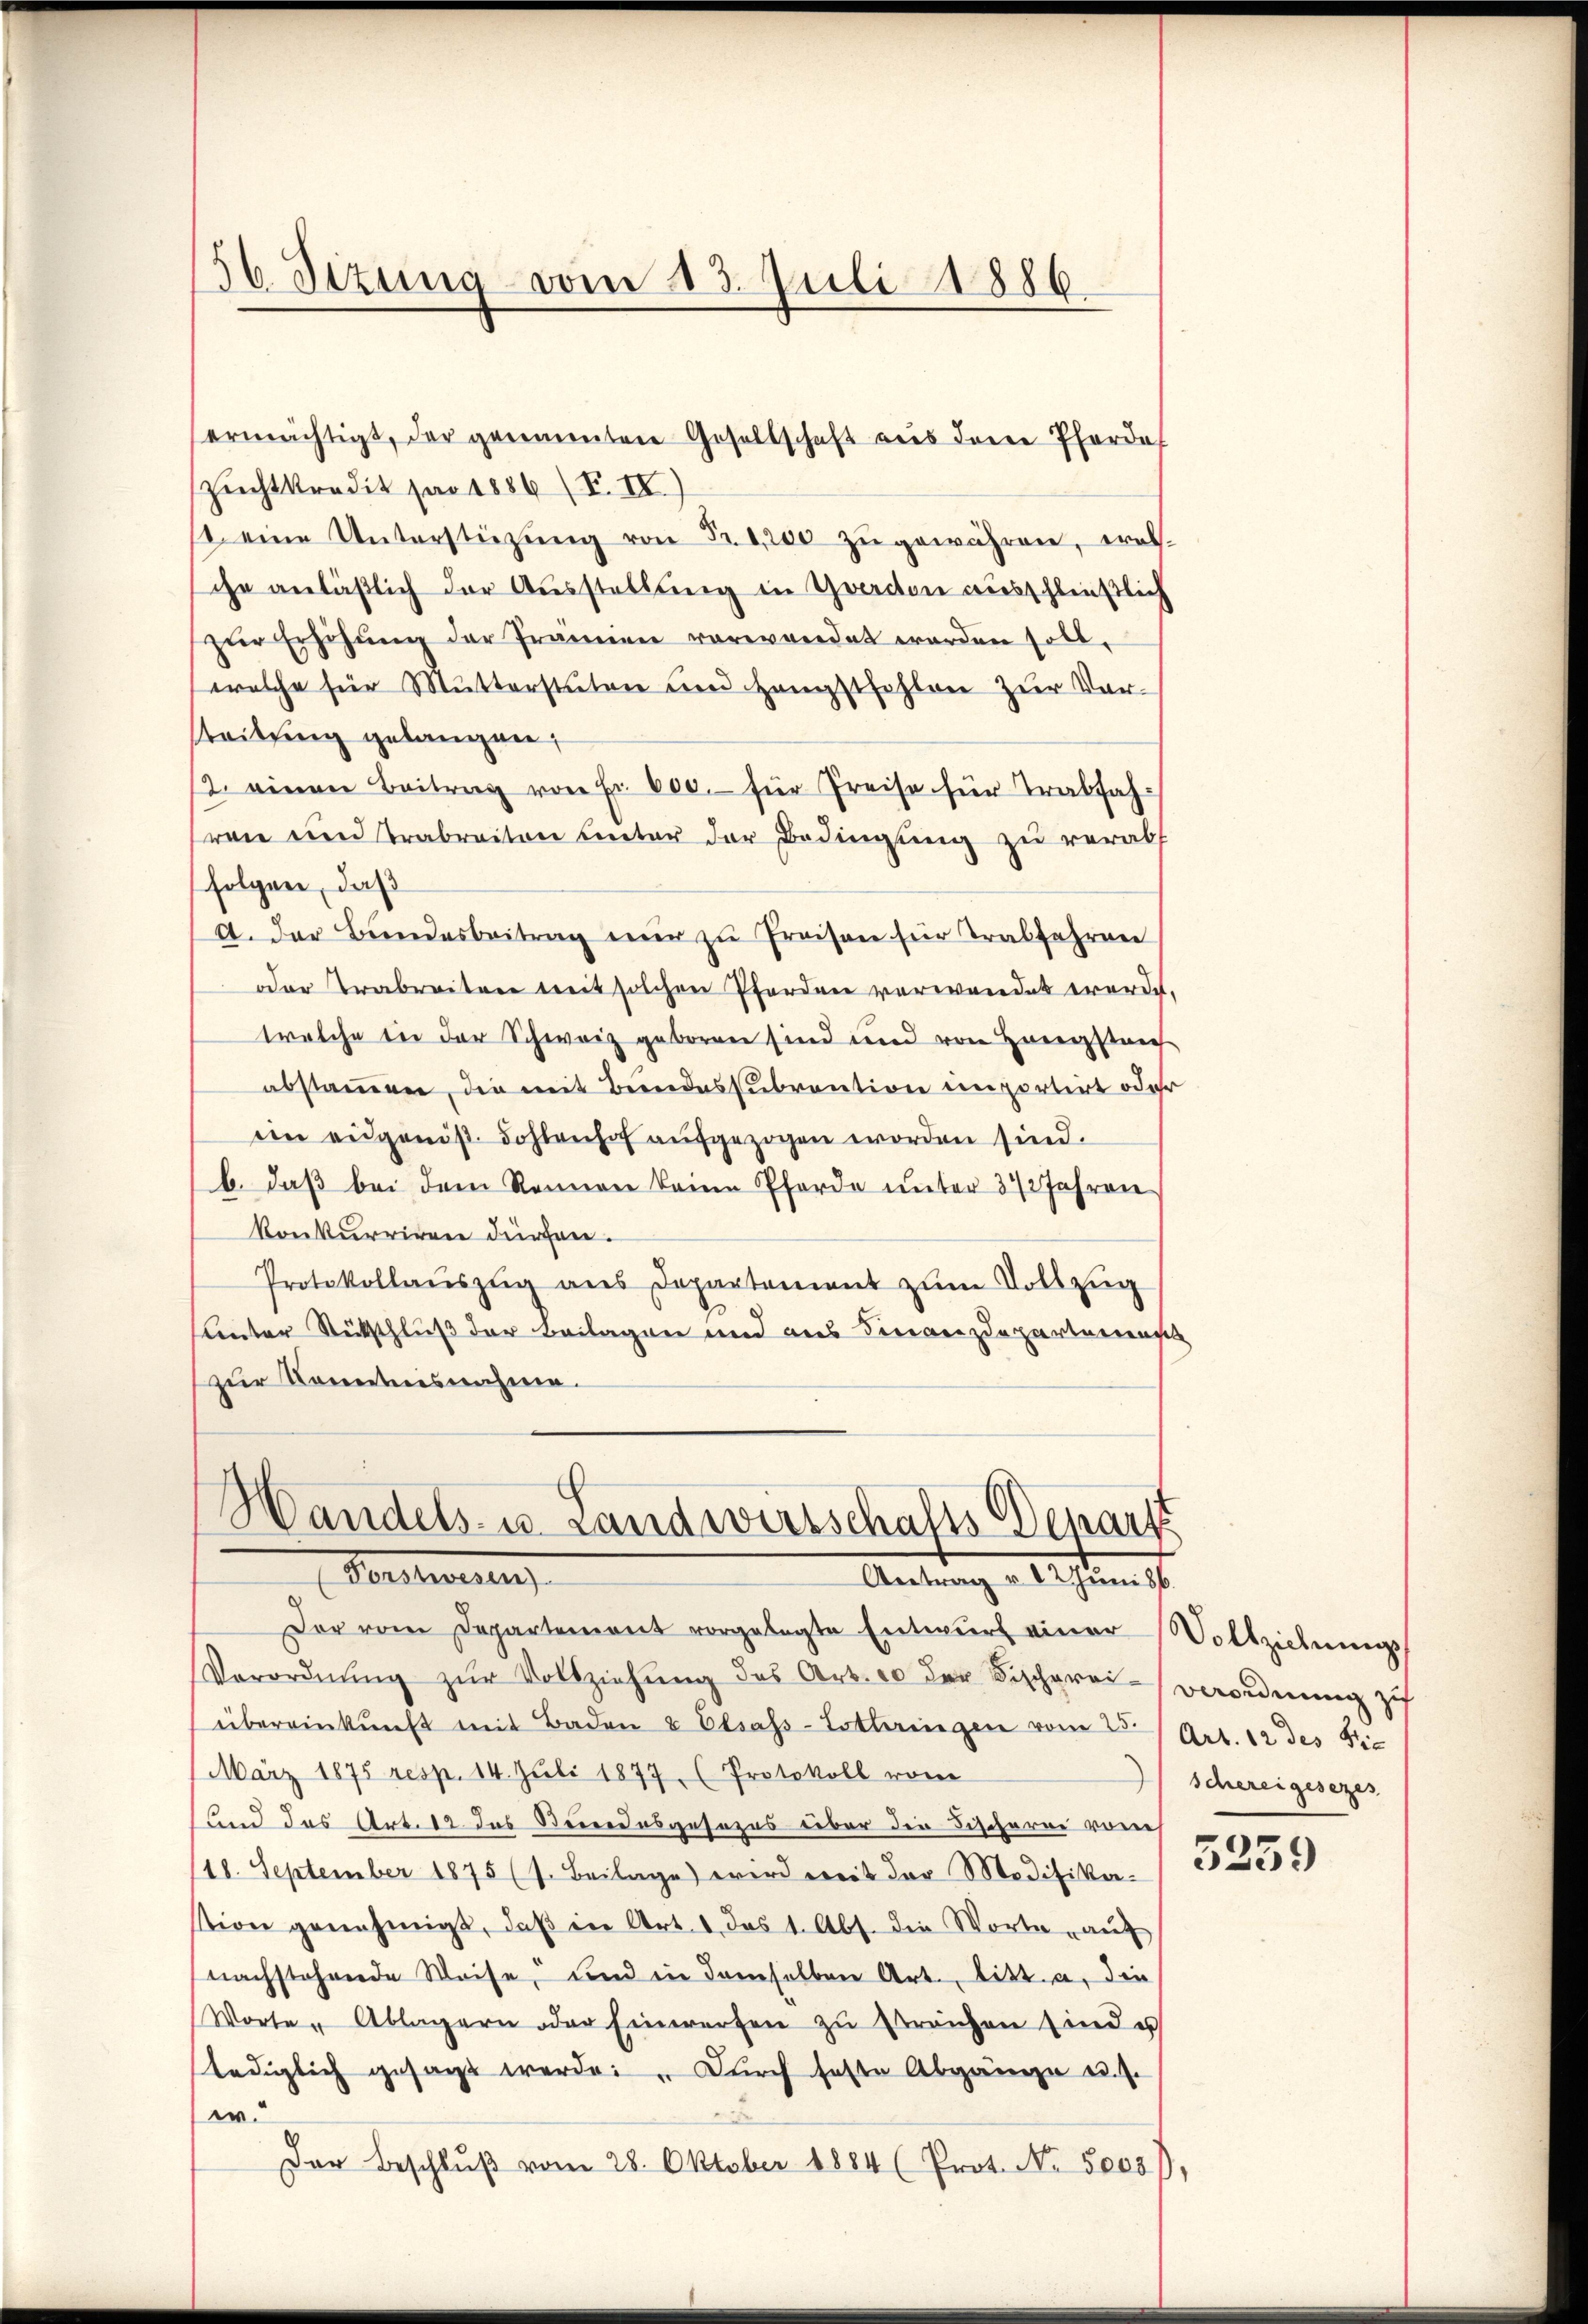
56. Sitzung vom 13. Juli 1886.

ermächtigt, der genannten Gesellschaft aus den Pferdef
zuchtkredit par 1886 (T. IV
s. eine Unterstützŭng von Fr. 1200 zŭ gewähren, wel-
che anläßlich der Ausstellung in Graction ausschließlich
zŭr Erhöhŭng der Prämien vorwandet worden soll.
welche für Mutterstuten und Hengstfehlen zur Vor-
beitung gelangen;
12. einen Beitrag von Fr. 600.- für Preise für Trabfahreie und Trabreiten unter der Bedingung zu verabs
folgen, daß
A. Der Bŭndesbeitrag nŭr zŭ Preisen für Trabfahren
oder Trabreiten weit solchen Pferden verwendet werde.
welche die der Schweiz geboren sind und von Honeggstrich
abstammen, die mit Bundessubvention unportirt oder
ein eidgenöß Dohlenhof aufgezogen worden sind.
b. daß bei dem Rennen keine Pferde unter 3 1/2 Jahren
konkurriren dürfen.
Protokollauszug aus Departement zum Vollzug
Lentor Rückschluß der Beilagen und aus Franzdepartemenst
zur Kenntnisnahme.

Der vom Departement vorgelegte Entwŭrf einer Vollziehŭngs-
Verordnŭng zŭr Vollziehŭng des Art. 10 der Fischprai-Verordnung zu
übereinkunft mit Baden & Elsass-Lotteringen vom 25. Art. 12 des S
März 1875 resp. 14. Juli 1877, (Protokoll vom
und das Art. 12 das Serendesgesezes über die Fischerne von
/18. September 1875 (s. Beilage) wird mit der Modifika. 3255
stion genehmigt, daβ in Art. 1 das 1. Abs. die Worte aŭf
nachstehende Weise, und in demselben Art. Litt. a. die
Worte " Ablagern oder Einwerfen zŭ breichen sind u
lediglich gesagt werde. " Durch feste Abgänge u. s.
w.
Der Beschlŭβ vom 28. Oktober 1884 (Prot. No. 5005),

Handels- u. Landwirtschafts-Depart
Vorsten
Antrag u. 12 Junisb

schereigesezes